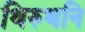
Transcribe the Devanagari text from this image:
थिरुथनि